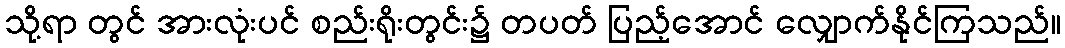
သို့ရာ တွင် အားလုံးပင် စည်းရိုးတွင်း၌ တပတ် ပြည့်အောင် လျှောက်နိုင်ကြသည်။